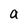
Character: a